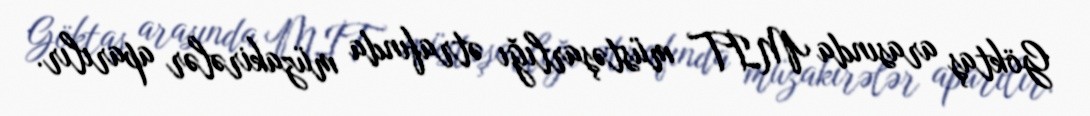
Göktaş arasında MİT müstəşarlığı ətrafında müzakirələr aparılır.